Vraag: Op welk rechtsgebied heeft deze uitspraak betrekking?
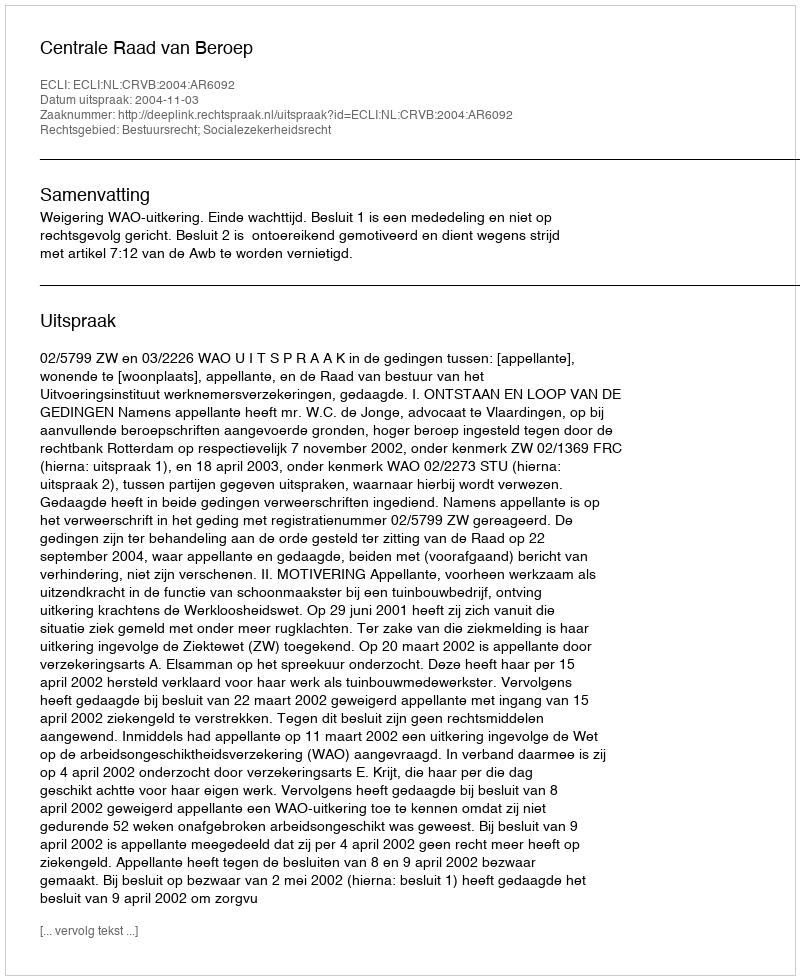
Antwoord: Bestuursrecht; Socialezekerheidsrecht